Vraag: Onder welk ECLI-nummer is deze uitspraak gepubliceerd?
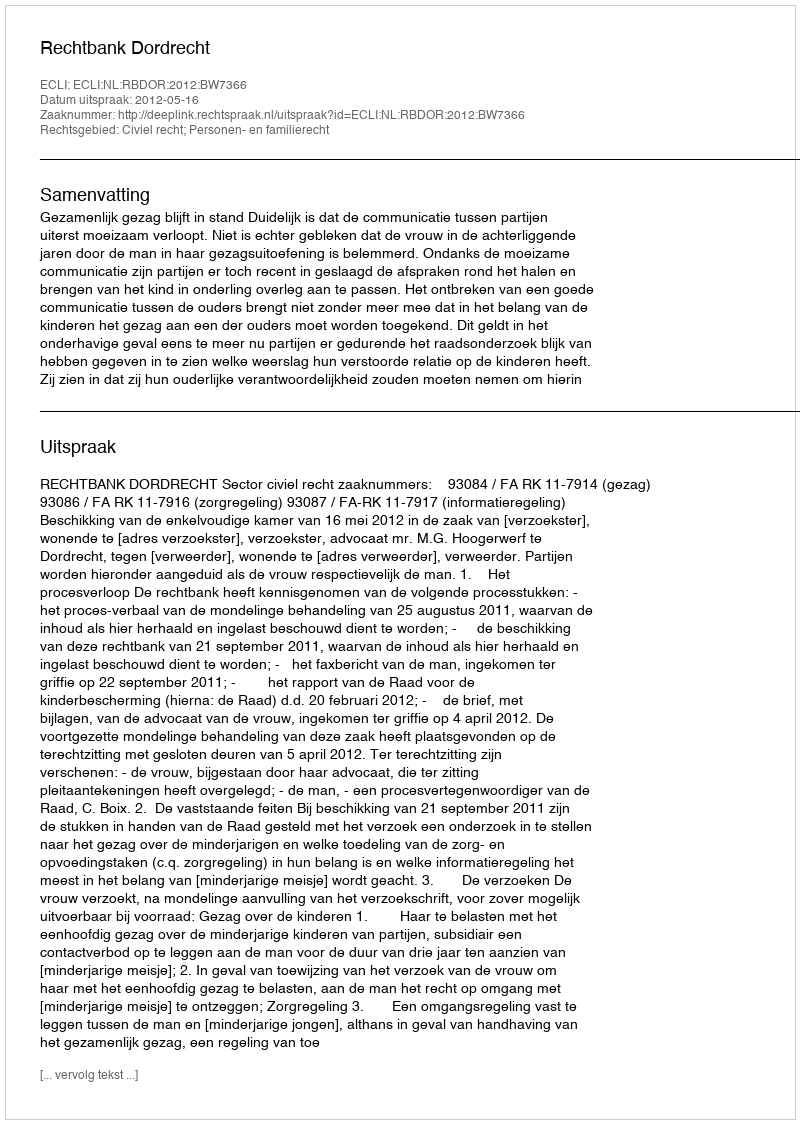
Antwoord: ECLI:NL:RBDOR:2012:BW7366